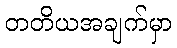
တတိယအချက်မှာ